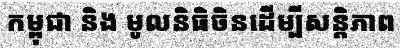
កម្ពុជា និង មូលនិធិចិនដើម្បីសន្តិភាព